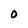
Character: o